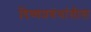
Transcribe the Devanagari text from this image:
दिव्यप्रबंधांतील